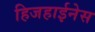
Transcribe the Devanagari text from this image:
हिजहाईनेस